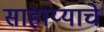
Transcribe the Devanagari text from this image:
साहाय्याचे